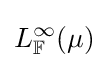
L_{\mathbb {F} }^{\infty }(\mu )